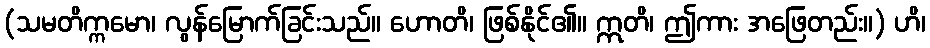
(သမတိက္ကမော၊ လွန်မြောက်ခြင်းသည်။ ဟောတိ၊ ဖြစ်နိုင်၏။ ဣတိ၊ ဤကား အဖြေတည်း။) ဟိ၊